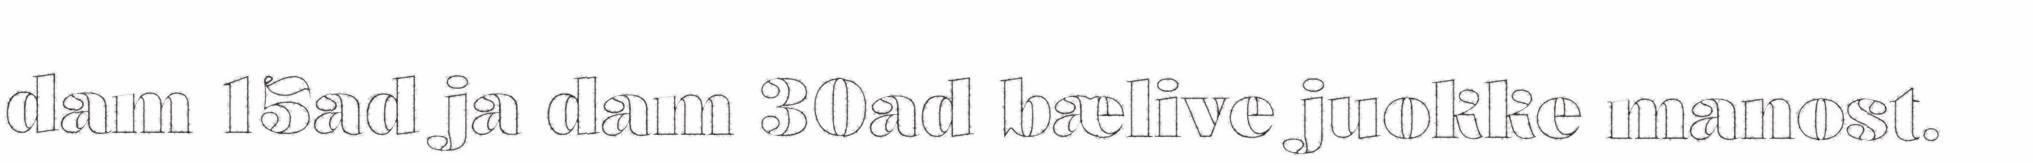
dam 15ad ja dam 30ad bælive juokke manost.